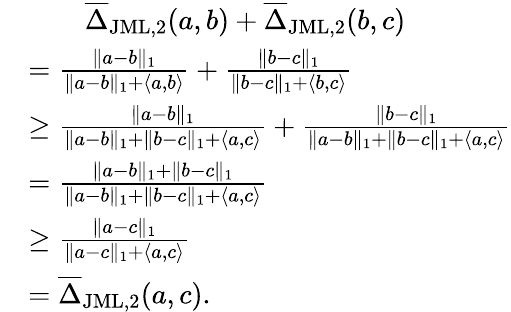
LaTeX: \begin{array}{rl}&{\qquad\overline{{\Delta}}_{\mathrm{JML,2}}(a,b)+\overline{{\Delta}}_{\mathrm{JML,2}}(b,c)}\\ &{=\frac{\| a-b\| _{1}}{\| a-b\| _{1}+\langle a,b\rangle}+\frac{\| b-c\| _{1}}{\| b-c\| _{1}+\langle b,c\rangle}}\\ &{\geq\frac{\| a-b\| _{1}}{\| a-b\| _{1}+\| b-c\| _{1}+\langle a,c\rangle}+\frac{\| b-c\| _{1}}{\| a-b\| _{1}+\| b-c\| _{1}+\langle a,c\rangle}}\\ &{=\frac{\| a-b\| _{1}+\| b-c\| _{1}}{\| a-b\| _{1}+\| b-c\| _{1}+\langle a,c\rangle}}\\ &{\geq\frac{\| a-c\| _{1}}{\| a-c\| _{1}+\langle a,c\rangle}}\\ &{=\overline{{\Delta}}_{\mathrm{JML,2}}(a,c).}\end{array}